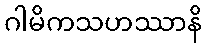
ဂါမိကသဟဿာနိ